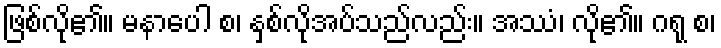
ဖြစ်လို၏။ မနာပေါ စ၊ နှစ်လိုအပ်သည်လည်း။ အဿံ၊ လို၏။ ဂရု စ၊